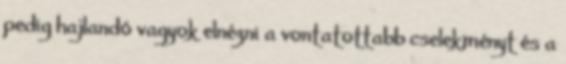
pedig hajlandó vagyok elnézni a vontatottabb cselekményt és a